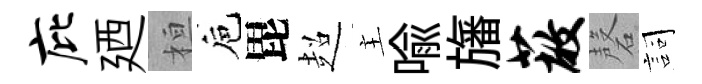
庇廼桓巵毘超主喩旛蔽磬詞